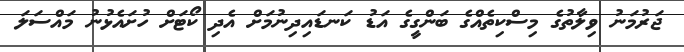
ޖަރުމަނު ވިލާތުގެ މިސްކިތެއްގެ ބަންގީގެ އަޑު ކަނޑައިދިނުމަށް އެދި ކޯޓަށް ހުށައެޅުނު މައްސަލަ